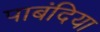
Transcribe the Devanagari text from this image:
पाबंदिया